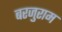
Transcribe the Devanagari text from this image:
बरजुराम